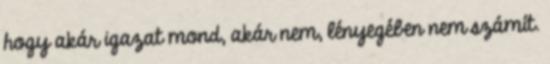
hogy akár igazat mond, akár nem, lényegében nem számít.